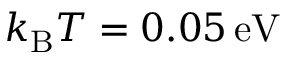
{ k _ { \mathrm B } T = 0 . 0 5 \, \mathrm { e V } }